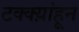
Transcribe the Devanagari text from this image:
टक्क्य़ांहून